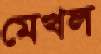
মেখল